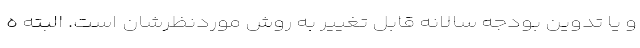
و يا تدوين بودجه سالانه قابل تغيير به روش موردنظرشان است. البته ه